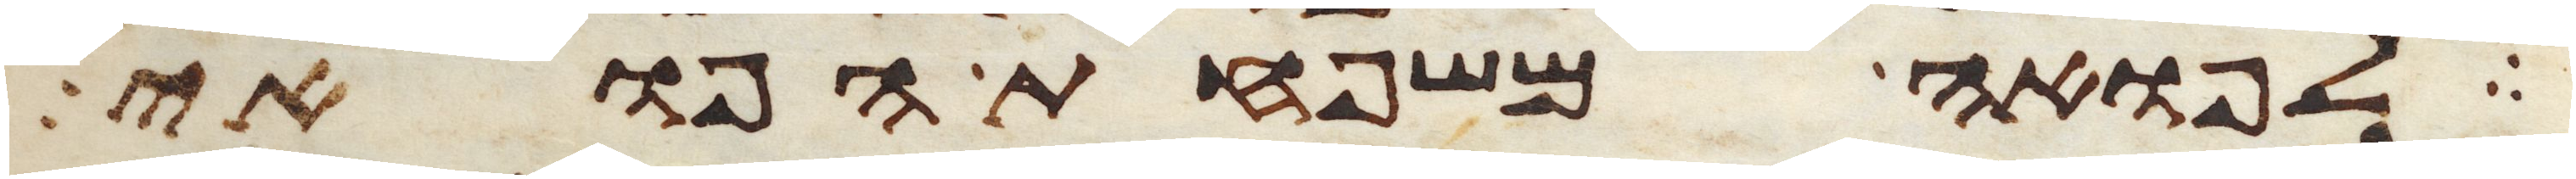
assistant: לפואה משפחת הפואי